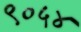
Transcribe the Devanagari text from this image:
९०५४